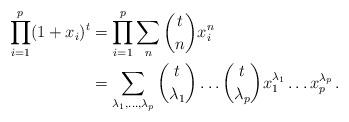
LaTeX: \begin{align*}\prod_{i=1}^p(1+x_i)^t&=\prod_{i=1}^p\sum_{n}\binom{t}{n}x_i^n\\&=\sum_{\lambda_1,\ldots,\lambda_p}\binom{t}{\lambda_1}\ldots\binom{t}{\lambda_p}x_1^{\lambda_1}\ldots x_p^{\lambda_p}\,.\end{align*}